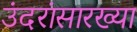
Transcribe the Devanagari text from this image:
उंदरांसारख्या